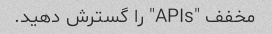
مخفف "APIs" را گسترش دهید.